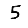
Digit: 5